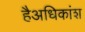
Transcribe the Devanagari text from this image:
हैअधिकांश